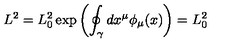
L ^ { 2 } = L _ { 0 } ^ { 2 } \exp \left( \oint _ { \gamma } d x ^ { \mu } \phi _ { \mu } ( x ) \right) = L _ { 0 } ^ { 2 } \,